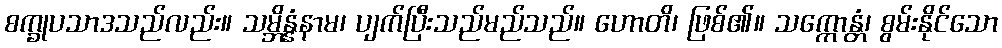
စက္ခုပသာဒသည်လည်း။ သမ္ဘိန္နံနာမ၊ ပျက်ပြီးသည်မည်သည်။ ဟောတိ၊ ဖြစ်၏။ သက္ကောန္တံ၊ စွမ်းနိုင်သော